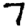
Digit: 7